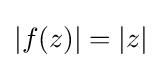
|f(z)|=|z|